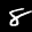
Label: 8